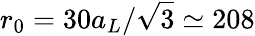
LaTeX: r_{0}=30a_{L}/\sqrt{3}\simeq 208